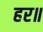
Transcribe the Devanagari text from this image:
हर॥